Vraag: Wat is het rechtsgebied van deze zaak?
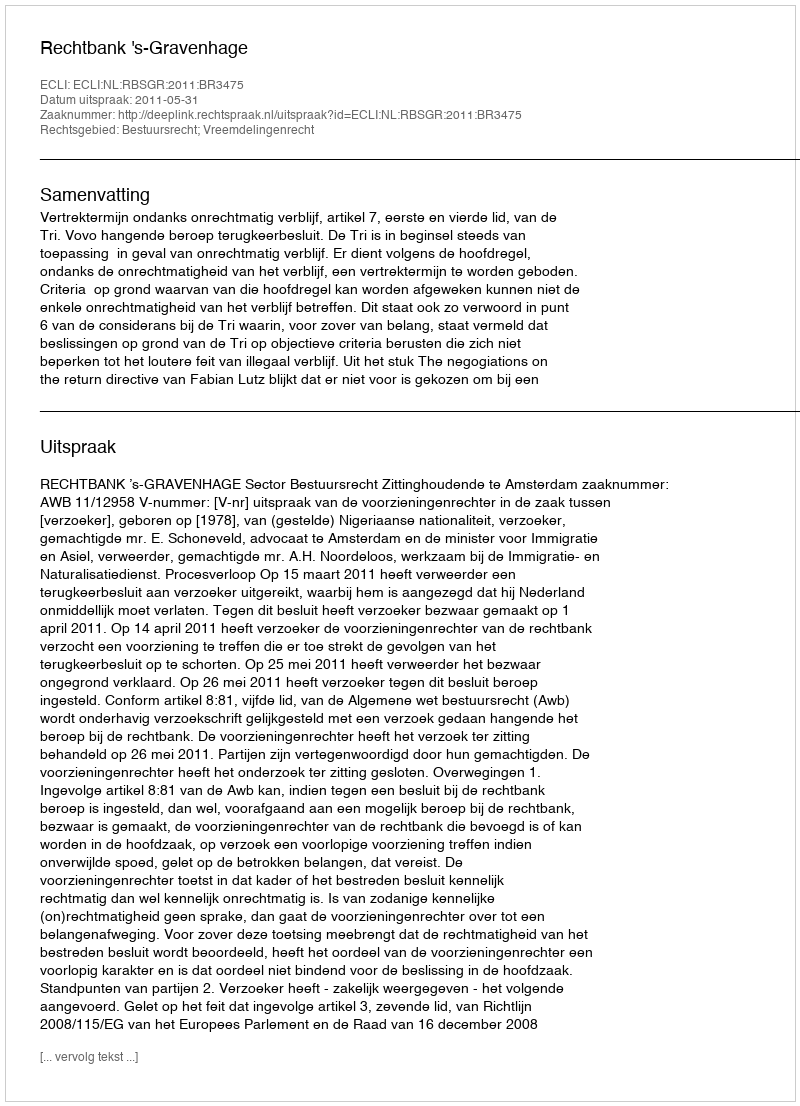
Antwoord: Bestuursrecht; Vreemdelingenrecht